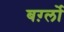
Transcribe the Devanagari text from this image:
बर्ग़्लो